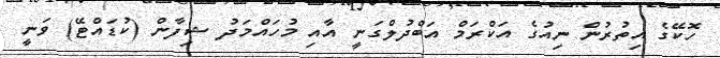
ހޮކޭގެ އިތުރުން ނިއުގެ އަކްރަމް އަބްދުލްގަނީ އާއި މުހައްމަދު ޝިފާން (ކުޑައްޓޭ) ވަނީ